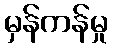
မှန်ကန်မှု